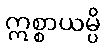
ဣစ္စာယမ္ပိ